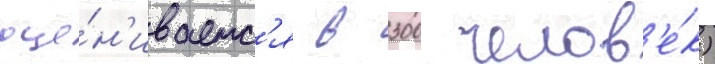
оце́н'иваетс'я в 300 челов'е́к)